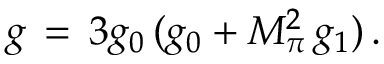
g \, = \, 3 g _ { 0 } \, ( g _ { 0 } + M _ { \pi } ^ { 2 } \, g _ { 1 } ) \, .